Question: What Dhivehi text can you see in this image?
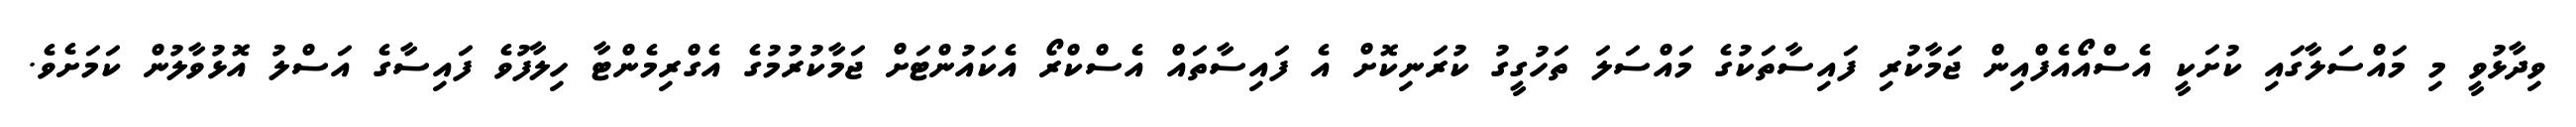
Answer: ވިދާޅުވީ މި މައްސަލާގައި ކުށަކީ އެސްއޯއެފްއިން ޖަމާކުރި ފައިސާތަކުގެ މައްސަލަ ތަހުގީގު ކުރަނިކޮށް އެ ފައިސާތައް އެސްކްރޯ އެކައުންޓަށް ޖަމާކުރުމުގެ އެގްރިމެންޓާ ހިލާފުވެ ފައިސާގެ އަސްލު އޮޅުވާލުން ކަމަށެވެ.